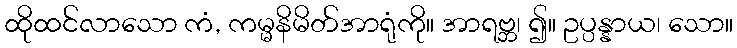
ထိုထင်လာသော ကံ, ကမ္မနိမိတ်အာရုံကို။ အာရဗ္ဘ၊ ၍။ ဥပ္ပန္နာယ၊ သော။